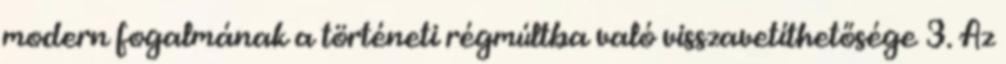
modern fogalmának a történeti régmúltba való visszavetíthetősége 3. Az